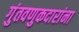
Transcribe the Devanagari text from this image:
गुंतवणुकदारांना